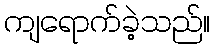
ကျရောက်ခဲ့သည်။